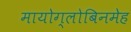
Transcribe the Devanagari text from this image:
मायोग्लोबिनमेह